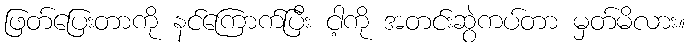
ဖြတ်ပြေးတာကို နင်ကြောက်ပြီး ငါ့ကို အတင်းဆွဲကပ်တာ မှတ်မိလား။